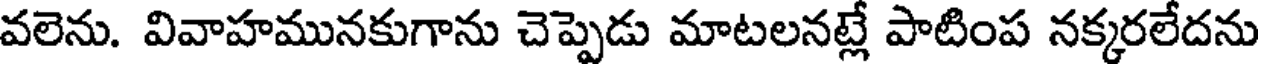
వలెను. వివాహమునకుగాను చెప్పెడు మాటలనట్లే పాటింప నక్కరలేదను